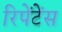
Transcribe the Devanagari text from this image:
रिपेंटेंस